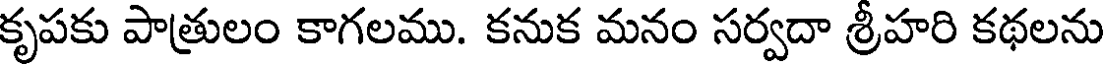
కృపకు పాత్రులం కాగలము. కనుక మనం సర్వదా శ్రీహరి కథలను